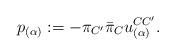
LaTeX: \begin{align*}p_{(\alpha)} := -\pi_{C^{\prime}}{\bar\pi}_{C}u^{C{C^\prime}}_{(\alpha)}.\end{align*}